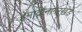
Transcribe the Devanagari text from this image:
हेमाद्रौनागरखंडे